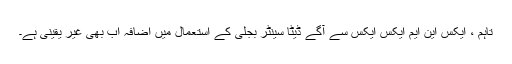
تاہم ، ایکس این ایم ایکس ایکس سے آگے ڈیٹا سینٹر بجلی کے استعمال میں اضافہ اب بھی غیر یقینی ہے۔